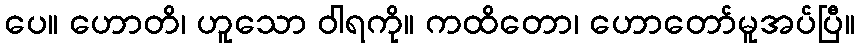
ပေ။ ဟောတိ၊ ဟူသော ဝါရကို။ ကထိတော၊ ဟောတော်မူအပ်ပြီ။